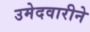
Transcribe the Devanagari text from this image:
उमेदवारीने